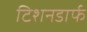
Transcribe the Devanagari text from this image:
टिशनडार्फ